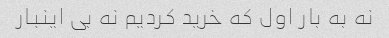
نه به بار اول که خرید کردیم نه بی اینبار